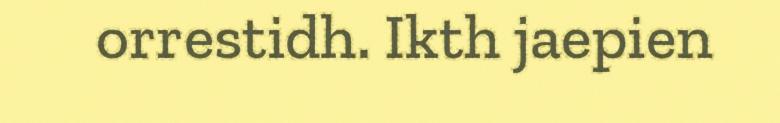
orrestidh. Ikth jaepien